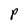
Character: P